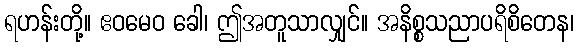
ရဟန်းတို့။ ဧဝမေဝ ခေါ၊ ဤအတူသာလျှင်။ အနိစ္စသညာပရိစိတေန၊